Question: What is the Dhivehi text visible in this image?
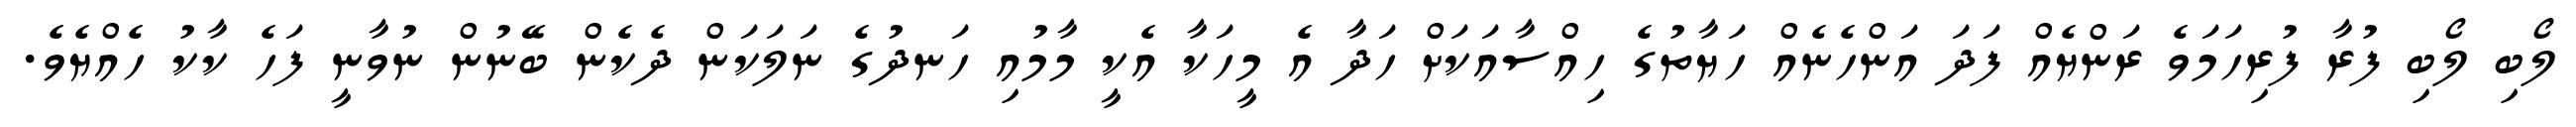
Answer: ލޯބި ލޯބި ފުރާ ފުރިހަމަވެ ރަންޔެއް ފަދަ އަންހެނެއް ހަޔާތުގެ ހިއްސާއަކަށް ހަދާ އެ މީހަކާ އެކީ މާމުއި ހަނދުގެ ނަލަކަން ދެކެން ބޭނުން ނުވާނީ ފަހެ ކާކު ހެއްޔެވެ.